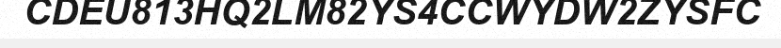
CDEU813HQ2LM82YS4CCWYDW2ZYSFC